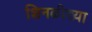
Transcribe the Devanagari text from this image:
शिनळीच्च्या